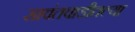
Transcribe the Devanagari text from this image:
सावंतवाडीतल्या